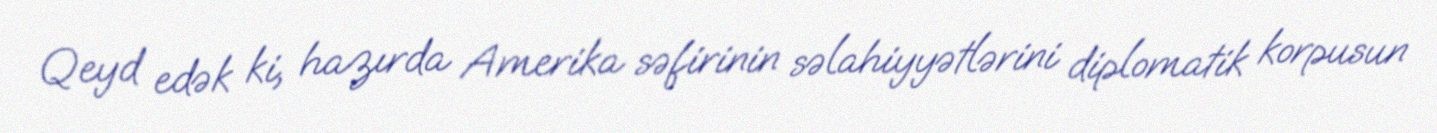
Qeyd edək ki, hazırda Amerika səfirinin səlahiyyətlərini diplomatik korpusun